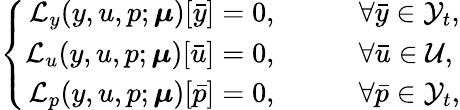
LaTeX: \left\{ \begin{array}{ll}{\begin{array}{rl}{\mathcal{L}_{y}(y,u,p;\boldsymbol{\mu})[\bar{y}]=0,\qquad}&{\forall\bar{y}\in\mathcal{Y}_{t},}\\ {\mathcal{L}_{u}(y,u,p;\boldsymbol{\mu})[\bar{u}]=0,\qquad}&{\forall\bar{u}\in\mathcal{U},}\\ {\mathcal{L}_{p}(y,u,p;\boldsymbol{\mu})[\bar{p}]=0,\qquad}&{\forall\bar{p}\in\mathcal{Y}_{t},}\end{array}}\end{array}\right.